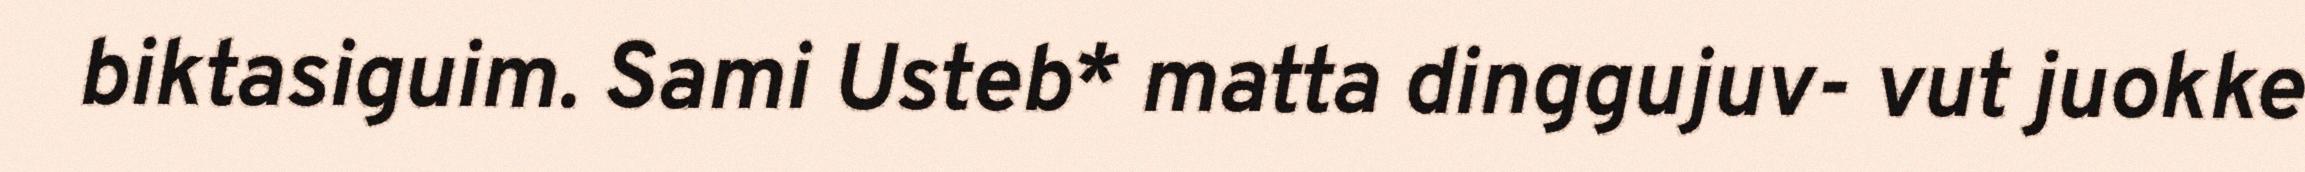
biktasiguim. Sami Usteb* matta dinggujuv- vut juokke